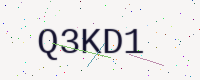
Text: Q3KD1